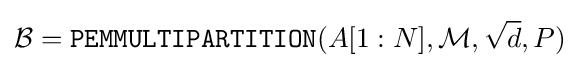
{\mathcal {B}}={\texttt {PEMMULTIPARTITION}}(A[1:N],{\mathcal {M}},{\sqrt {d}},P)